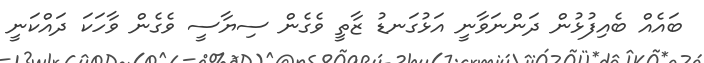
ބައެއް ބެއިފުޅުން ދަންނަވާނީ އަޅުގަނޑު ޒާތީ ވެގެން ސިޔާސީ ވެގެން ވާހަކަ ދައްކަނީ